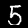
Label: 5